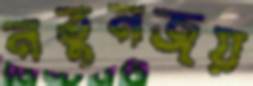
নতুনজয়